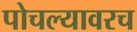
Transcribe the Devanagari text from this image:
पोचल्यावरच